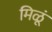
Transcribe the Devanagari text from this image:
मिळूं